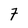
Character: 7